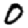
Digit: 0